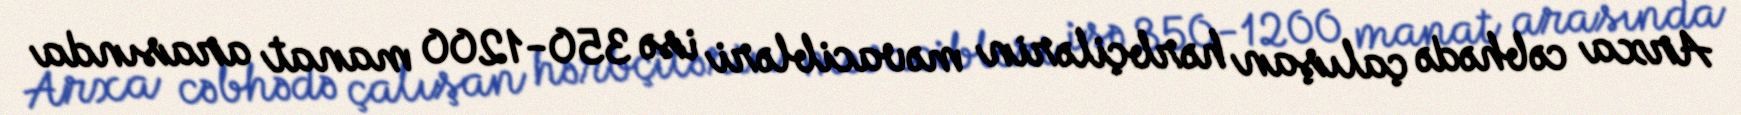
Arxa cəbhədə çalışan hərbçilərin məvacibləri isə 350-1200 manat arasında